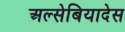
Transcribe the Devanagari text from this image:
अल्सेबियादेस